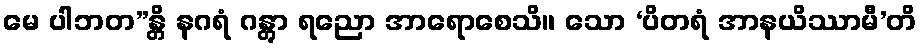
မေ ပါဘတ”န္တိ နဂရံ ဂန္တွာ ရညော အာရောစေသိ။ သော ‘ပိတရံ အာနယိဿာမီ’တိ